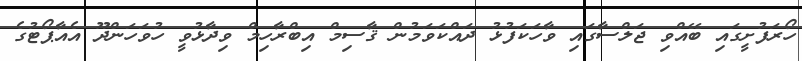
ހޯރަފުށީގައި ބޭއްވި ޖަލްސާގައި ވާހަކަފުޅު ދައްކަވަމުން ޤާސިމް އިބްރާހިމް ވިދާޅުވީ ހުވަހަންދޫ އެއާޕޯޓުގެ